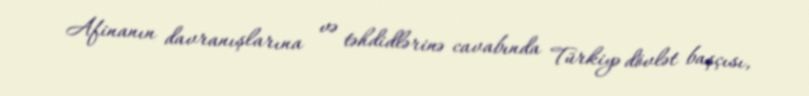
Afinanın davranışlarına və təhdidlərinə cavabında Türkiyə dövlət başçısı,